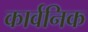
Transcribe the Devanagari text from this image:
कार्वनिक